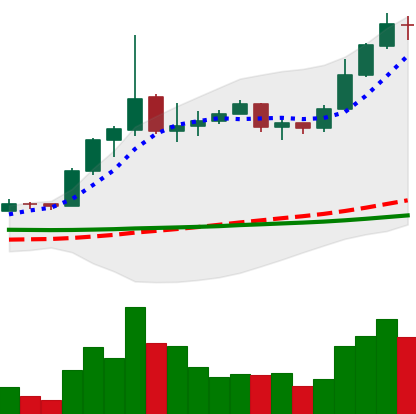
Ticker: ETC-USD
Chart end date: 2020-01-30
Forward return: -6.858%
Label: down_5_7